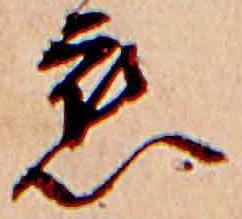
恋